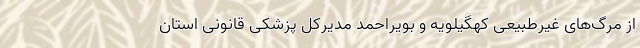
از مرگ‌های غیرطبیعی کهگیلویه و بویراحمد مدیرکل پزشکی قانونی استان